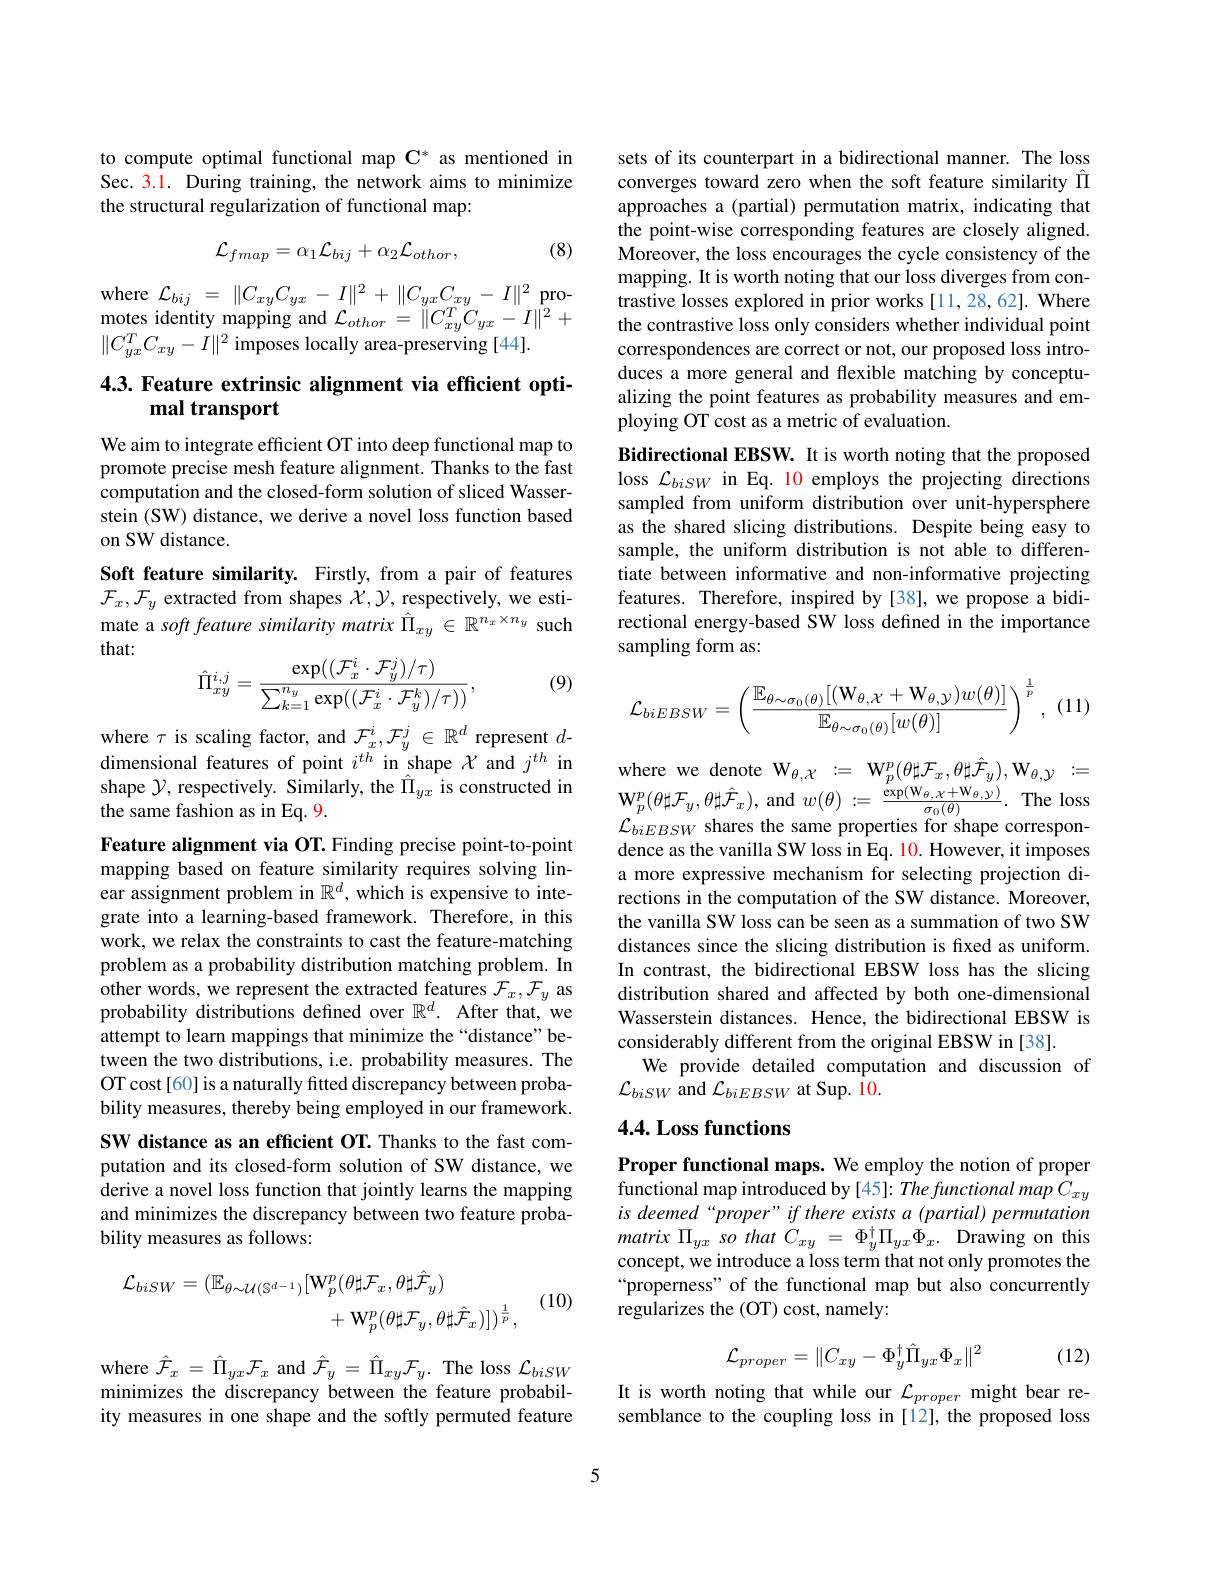
to compute optimal functional map C* as mentioned in Sec. 3.1. During training, the network aims to minimize the structural regularization of functional map:

(8)
$$\mathcal{L}_{fmap}=\alpha_{1}\mathcal{L}_{bij}+\alpha_{2}\mathcal{L}_{othor},$$
where
pro-
$$\mathcal{L}_{bij}\:=\:\|C_{xy}C_{yx}\:-\:I\|^{2}\:+\:\|C_{yx}C_{xy}\:-\:I\|^{2}$$
motes identity mapping and $\mathcal{L}_{othor}=\|C_{xy}^{T}C_{yx}-I\|^{2}+$
$\|C_{yx}^TC_{xy}-I\|^2$ imposes locally area-preserving [44].

## 4.3. Feature extrinsic alignment via efficient optimal transport

We aim to integrate efficient OT into deep functional map to promote precise mesh feature alignment. Thanks to the fast computation and the closed-form solution of sliced Wasserstein (SW) distance, we derive a novel loss function based on SW distance.

Soft feature similarity. Firstly, from a pair of features $\mathcal{F}_x,\mathcal{F}_y$ extracted from shapes $\dot{\mathcal{X}},\mathcal{Y}$, respectively, we estimate a soft feature similarity matrix $\hat{\Pi}_{xy}\in\mathbb{R}^{n_x\times n_y}$ such that:
$$\hat{\Pi}_{xy}^{i,j}=\frac{\exp((\mathcal{F}_{x}^{i}\cdot\mathcal{F}_{y}^{j})/\tau)}{\sum_{k=1}^{n_{y}}\exp((\mathcal{F}_{x}^{i}\cdot\mathcal{F}_{y}^{k})/\tau))},$$
(9)

where $\tau$ is scaling factor, and $\mathcal{F}_x^i,\mathcal{F}_y^j\in\mathbb{R}^d$ represent $d-$ dimensional features of point $i^{th}$ in shape $\mathcal{X}$ and $j^{th}$ in shape $\mathcal{Y}$, respectively. Similarly, the $\hat{\Pi}_{yx}^{\prime}$ is constructed in the same fashion as in Eq. 9.

Feature alignment via OT. Finding precise point-to-point mapping based on feature similarity requires solving linear assignment problem in $\mathbb{R}^d$, which is expensive to integrate into a learning-based framework. Therefore, in this work, we relax the constraints to cast the feature-matching problem as a probability distribution matching problem. In other words, we represent the extracted features $\mathcal{F}_x,\mathcal{F}_y$ as probability distributions defined over $\mathbb{R}^d.$ After that, we attempt to learn mappings that minimize the“distance”between the two distributions, i.e. probability measures. The OT cost[60] is a naturally fitted discrepancy between probability measures, thereby being employed in our framework. SW distance as an efficient OT. Thanks to the fast computation and its closed-form solution of SW distance, we derive a novel loss function that jointly learns the mapping and minimizes the discrepancy between two feature probability measures as follows:
$$\begin{aligned}\mathcal{L}_{biSW}=(\mathbb{E}_{\theta\sim\mathcal{U}(\mathbb{S}^{d-1})}[\mathrm{W}_{p}^{p}(\theta\sharp\mathcal{F}_{x},\theta\sharp\hat{\mathcal{F}}_{y})\\&+\:\mathrm{W}_{p}^{p}(\theta\sharp\mathcal{F}_{y},\theta\sharp\hat{\mathcal{F}}_{x})])^{\frac{1}{p}},\end{aligned}$$
(10)

where $\hat{\mathcal{F}}_x=\hat{\Pi}_{yx}\mathcal{F}_x$ and $\hat{\mathcal{F}}_y=\hat{\Pi}_{xy}\mathcal{F}_y.$ The loss $\mathcal{L}_biSW$ minimizes the discrepancy between the feature probability measures in one shape and the softly permuted feature

sets of its counterpart in a bidirectional manner. The loss converges toward zero when the soft feature similarity Î approaches a (partial) permutation matrix, indicating that the point-wise corresponding features are closely aligned. Moreover, the loss encourages the cycle consistency of the mapping. It is worth noting that our loss diverges from contrastive losses explored in prior works [11,28,62]. Where the contrastive loss only considers whether individual point correspondences are correct or not, our proposed loss introduces a more general and flexible matching by conceptualizing the point features as probability measures and employing OT cost as a metric of evaluation.

Bidirectional EBSW. It is worth noting that the proposed loss $\mathcal{L}_{biSW}$ in Eq. 10 employs the projecting directions sampled from uniform distribution over unit-hypersphere as the shared slicing distributions. Despite being easy to sample, the uniform distribution is not able to differentiate between informative and non-informative projecting features. Therefore, inspired by [38], we propose a bidirectional energy-based SW loss defined in the importance sampling form as:

(11)
$$\mathcal{L}_{biEBSW}=\left(\frac{\mathbb{E}_{\theta\sim\sigma_0(\theta)}[(\mathbf{W}_{\theta,\mathcal{X}}+\mathbf{W}_{\theta,\mathcal{Y}})w(\theta)]}{\mathbb{E}_{\theta\sim\sigma_0(\theta)}[w(\theta)]}\right)^{\frac{1}{p}},$$
where we denote $\mathcal{W} _{\theta , \mathcal{X} }: =$ $\mathbf{W} _{p}^{p}( \theta \sharp \mathcal{F} _{x}, \theta \sharp \hat{\mathcal{F} } _{y}) , \mathbf{W} _{\theta , \mathcal{Y} }: =$ $\mathbf{W}_{p}^{p}(\theta\sharp\mathcal{F}_{y},\theta\sharp\hat{\mathcal{F}}_{x})$,and$w(\theta):=\frac{\exp(\mathrm{W}_{\theta,\chi+\mathrm{W}_{\theta,\gamma})}{\sigma_{0}(\theta)}.\:\mathrm{The~loss}}$ $\mathcal{L}_{biEBSW}$ shares the same properties for shape correspondence as the vanilla SW loss in Eq. 10. However, it imposes a more expressive mechanism for selecting projection directions in the computation of the SW distance. Moreover, the vanilla SW loss can be seen as a summation of two SW distances since the slicing distribution is fixed as uniform. In contrast, the bidirectional EBSW loss has the slicing distribution shared and affected by both one-dimensional Wasserstein distances. Hence, the bidirectional EBSW is considerably different from the original EBSW in [38].
We provide detailed computation and discussion of
$\mathcal{L}_{biSW}$ and $\mathcal{L}_biEBSW$ at Sup. 10.

## 4.4. Loss functions

Proper functional maps. We employ the notion of proper $\dot{\text{functional map introduced by[45]: The functional map }}\dot{C}_{xy}$ $is$ deemed“proper”if there exists a (partial) permutation matrix $\Pi _{yx}$ $so$ that $C_{xy}$ = $\Phi _{y}^{\dagger }\Pi _{yx}\Phi _{x}.$ Drawing on this concept, we introduce a loss term that not only promotes the “properness" of the functional map but also concurrently regularizes the (OT) cost, namely:

(12)
$$\mathcal{L}_{proper}=\|C_{xy}-\Phi_{y}^{\dagger}\hat{\Pi}_{yx}\Phi_{x}\|^2$$
It is worth noting that while our $\mathcal{L}_proper$ might bear resemblance to the coupling loss in [12], the proposed loss

5